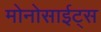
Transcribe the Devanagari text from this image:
मोनोसाईट्स